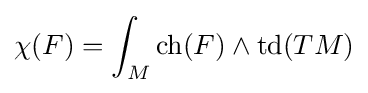
\chi (F)=\int _{M}\operatorname {ch} (F)\wedge \operatorname {td} (TM)